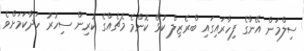
ސިލްމަން އޭނާގެ ފިހާރައިގައި ބްރެޒިލް ކުޅޭ ކޮންމެ މެޗެއްގެ ކުރިން ސިހުރު ހަދާކަމަށްވެ